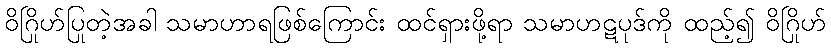
ဝိဂြိုဟ်ပြုတဲ့အခါ သမာဟာရဖြစ်ကြောင်း ထင်ရှားဖို့ရာ သမာဟဋပုဒ်ကို ထည့်၍ ဝိဂြိုဟ်